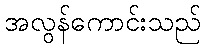
အလွန်ကောင်းသည်